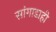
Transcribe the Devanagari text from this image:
सांगाडाही